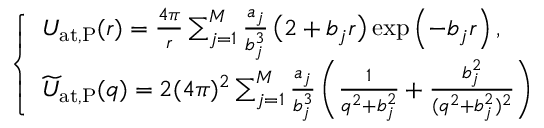
\begin{array} { r } { \left\{ \begin{array} { l l } { U _ { \mathrm { a t , P } } ( r ) = { \frac { 4 \pi } { r } } \sum _ { j = 1 } ^ { M } { \frac { a _ { j } } { b _ { j } ^ { 3 } } } \, \bigl ( 2 + b _ { j } r \bigr ) \exp \left( - b _ { j } r \right) , } \\ { \widetilde { U } _ { \mathrm { a t , P } } ( q ) = 2 ( 4 \pi ) ^ { 2 } \sum _ { j = 1 } ^ { M } { \frac { a _ { j } } { b _ { j } ^ { 3 } } } \left( { \frac { 1 } { q ^ { 2 } + b _ { j } ^ { 2 } } } + { \frac { b _ { j } ^ { 2 } } { ( q ^ { 2 } + b _ { j } ^ { 2 } ) ^ { 2 } } } \right) } \end{array} \right. } \end{array}